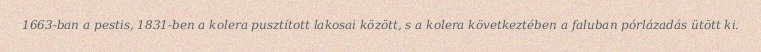
1663-ban a pestis, 1831-ben a kolera pusztított lakosai között, s a kolera következtében a faluban pórlázadás ütött ki.